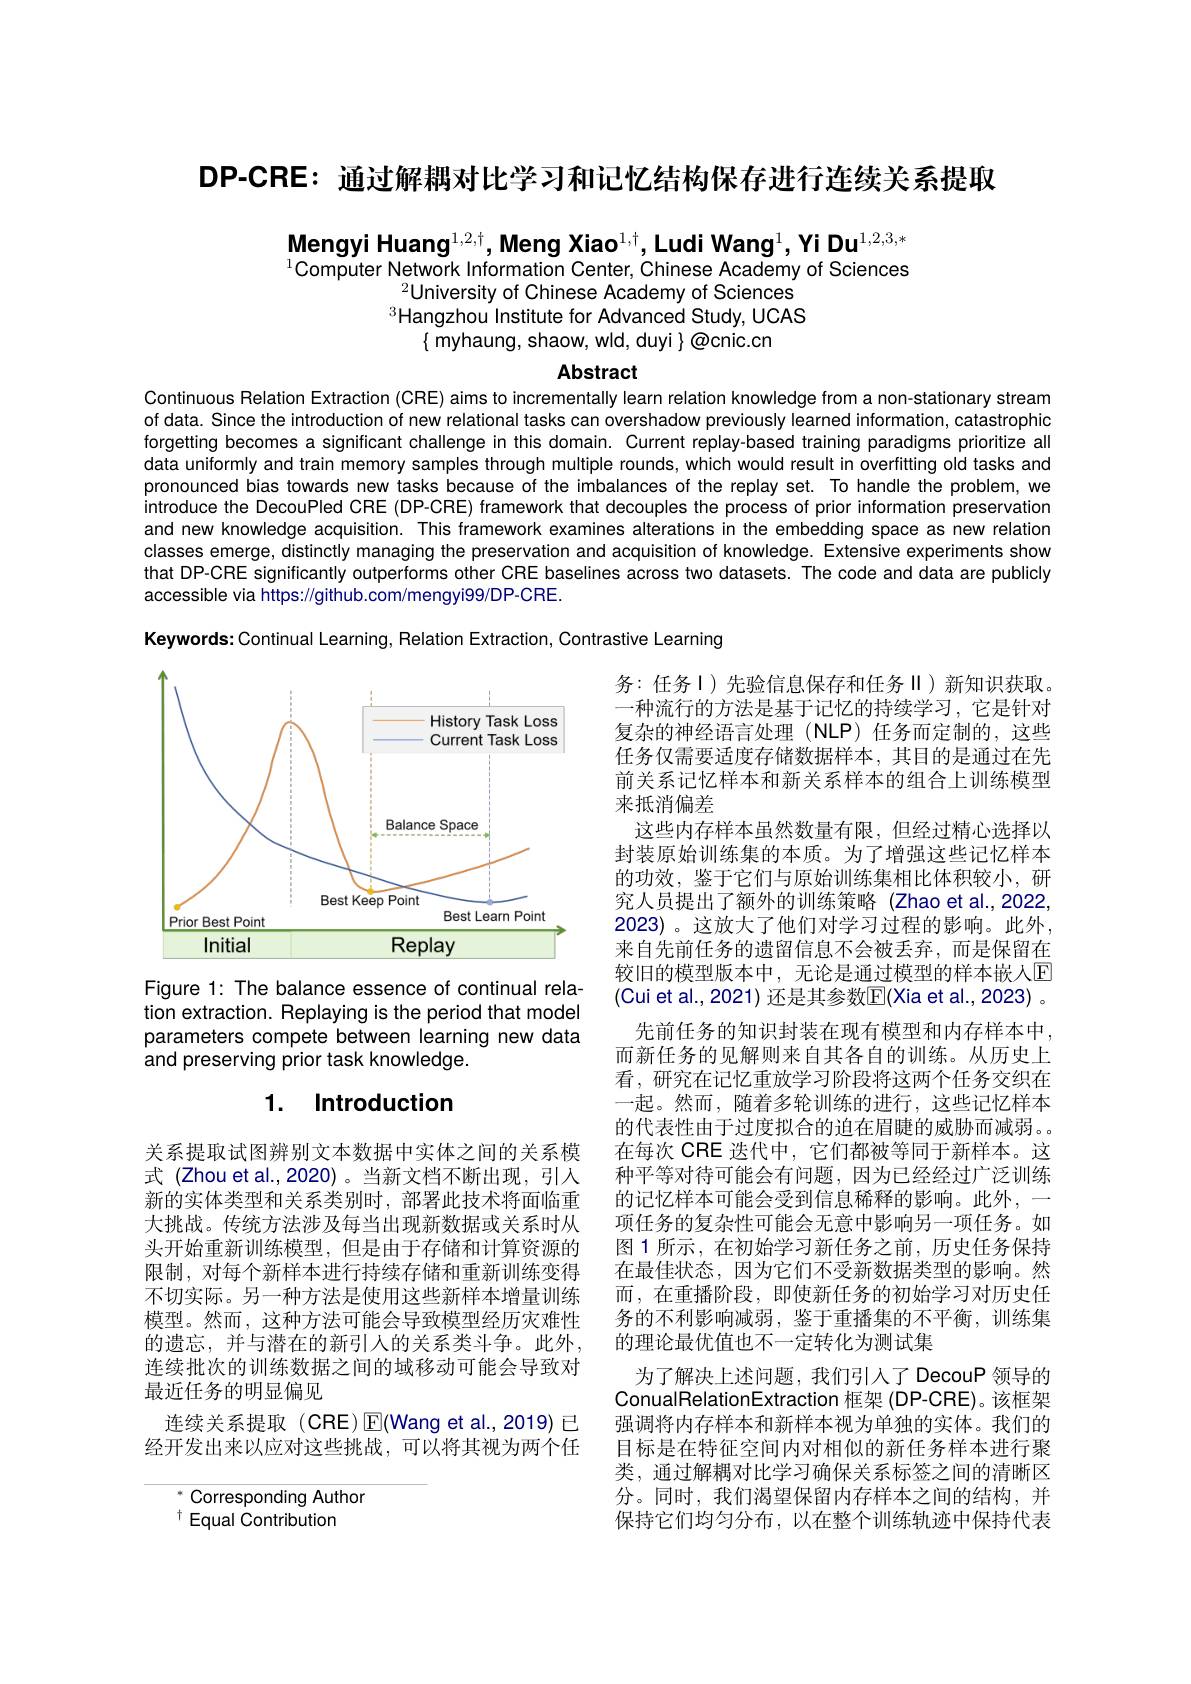
DP-CRE:通过解耦对比学习和记忆结构保存进行连续关系提取

Mengyi Huang$^{1,2,\dagger}$, Meng Xiao$^1,\dagger$,Ludi Wang$^1,\textbf{Yi Du}^{1,2,3,*}$ $^{1}$Computer Network Information Center, Chinese Academy of Sciences
$^{2}$University of Chinese Academy of Sciences $^{3}$Hangzhou Institute for Advanced Study, UCAS
$\{$ myhaung, shaow, wld, duyi $\}\textcircled{\text{@cnic.cn}}$

Abstract

Continuous Relation Extraction (CRE) aims to incrementally learn relation knowledge from a non-stationary stream of data. Since the introduction of new relational tasks can overshadow previously learned information, catastrophic forgetting becomes a significant challenge in this domain. Current replay-based training paradigms prioritize all data uniformly and train memory samples through multiple rounds, which would result in overfitting old tasks and pronounced bias towards new tasks because of the imbalances of the replay set. To handle the problem, we introduce the DecouPled CRE (DP-CRE) framework that decouples the process of prior information preservation and new knowledge acquisition. This framework examines alterations in the embedding space as new relation classes emerge, distinctly managing the preservation and acquisition of knowledge. Extensive experiments show that DP-CRE significantly outperforms other CRE baselines across two datasets. The code and data are publicly accessible via https://github.com/mengyi99/DP-CRE.

Keywords: Continual Learning, Relation Extraction, Contrastive Learning

<FigureHere>

Figure 1: The balance essence of continual relation extraction. Replaying is the period that model parameters compete between learning new data and preserving prior task knowledge.

### 1. Introduction

务：任务ㄧ)先验信息保存和任务II)新知识获取。一种流行的方法是基于记忆的持续学习，它是针对复杂的神经语言处理(NLP)任务而定制的，这些任务仅需要适度存储数据样本，其目的是通过在先前关系记忆样本和新关系样本的组合上训练模型来抵消偏差
这些内存样本虽然数量有限，但经过精心选择以封装原始训练集的本质。为了增强这些记忆样本的功效，鉴于它们与原始训练集相比体积较小，研究人员提出了额外的训练策略(Zhao et al.,2022, 2023)。这放大了他们对学习过程的影响。此外， 来自先前任务的遗留信息不会被丢弃，而是保留在较旧的模型版本中，无论是通过模型的样本嵌人$\mathbb{E}$ (Cui et al., 2021) 还是其参数$\mathbb{E}($Xia et al., 2023) 。
先前任务的知识封装在现有模型和内存样本中， 而新任务的见解则来自其各自的训练。从历史上看，研究在记忆重放学习阶段将这两个任务交织在一起。然而，随着多轮训练的进行，这些记忆样本的代表性由于过度拟合的迫在眉睫的威胁而减弱。在每次 CRE 迭代中，它们都被等同于新样本。这种平等对待可能会有问题，因为已经经过广泛训练的记忆样本可能会受到信息稀释的影响。此外，一项任务的复杂性可能会无意中影响另一项任务。如图 1 所示 , 在初始学习新任务之前，历史任务保持在最佳状态，因为它们不受新数据类型的影响。然而，在重播阶段，即使新任务的初始学习对历史任务的不利影响减弱，鉴于重播集的不平衡，训练集的理论最优值也不一定转化为测试集
为了解决上述问题，我们引人了 DecouP 领导的ConualRelationExtraction 框架 (DP-CRE)。该框架强调将内存样本和新样本视为单独的实体。我们的目标是在特征空间内对相似的新任务样本进行聚类，通过解耦对比学习确保关系标签之间的清晰区分。同时，我们渴望保留内存样本之间的结构，并保持它们均匀分布，以在整个训练轨迹中保持代表

关系提取试图辨别文本数据中实体之间的关系模式 (Zhou et al.,2020)。当新文档不断出现，引入新的实体类型和关系类别时，部署此技术将面临重大挑战。传统方法涉及每当出现新数据或关系时从头开始重新训练模型，但是由于存储和计算资源的限制，对每个新样本进行持续存储和重新训练变得不切实际。另一种方法是使用这些新样本增量训练模型。然而，这种方法可能会导致模型经历灾难性的遗忘，并与潜在的新引入的关系类斗争。此外， 连续批次的训练数据之间的域移动可能会导致对最近任务的明显偏见
连续关系提取(CRE)E(Wang et al.,2019) 已经开发出来以应对这些挑战，可以将其视为两个任

$^{*}$ Corresponding Author
$^{\dagger}$Equal Contribution